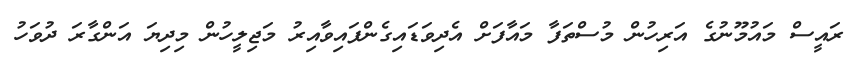
ރައީސް މައުމޫނުގެ އަރިހުން މުސްތަފާ މައާފަށް އެދިވަޑައިގެންފައިވާއިރު މަޖިލީހުން މިދިޔަ އަންގާރަ ދުވަހު